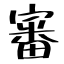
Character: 審